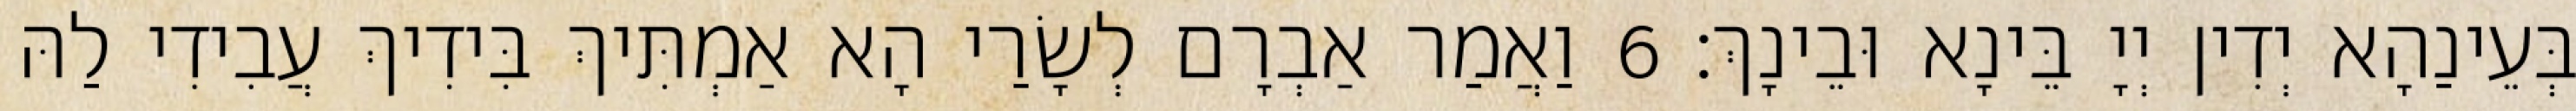
בְּעֵינַהָא יְדִין יְיָ בֵּינָא וּבֵינָךְ׃ 6 וַאֲמַר אַבְרָם לְשָׂרַי הָא אַמְתִּיךְ בִּידִיךְ עֲבִידִי לַהּ